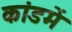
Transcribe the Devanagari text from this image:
कांडमें